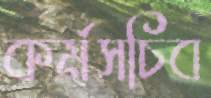
কর্মসচিব